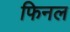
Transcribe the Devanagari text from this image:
फिनल